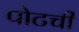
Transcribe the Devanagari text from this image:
पोटची